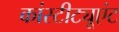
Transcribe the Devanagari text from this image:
कांस्टीट्यूएंट